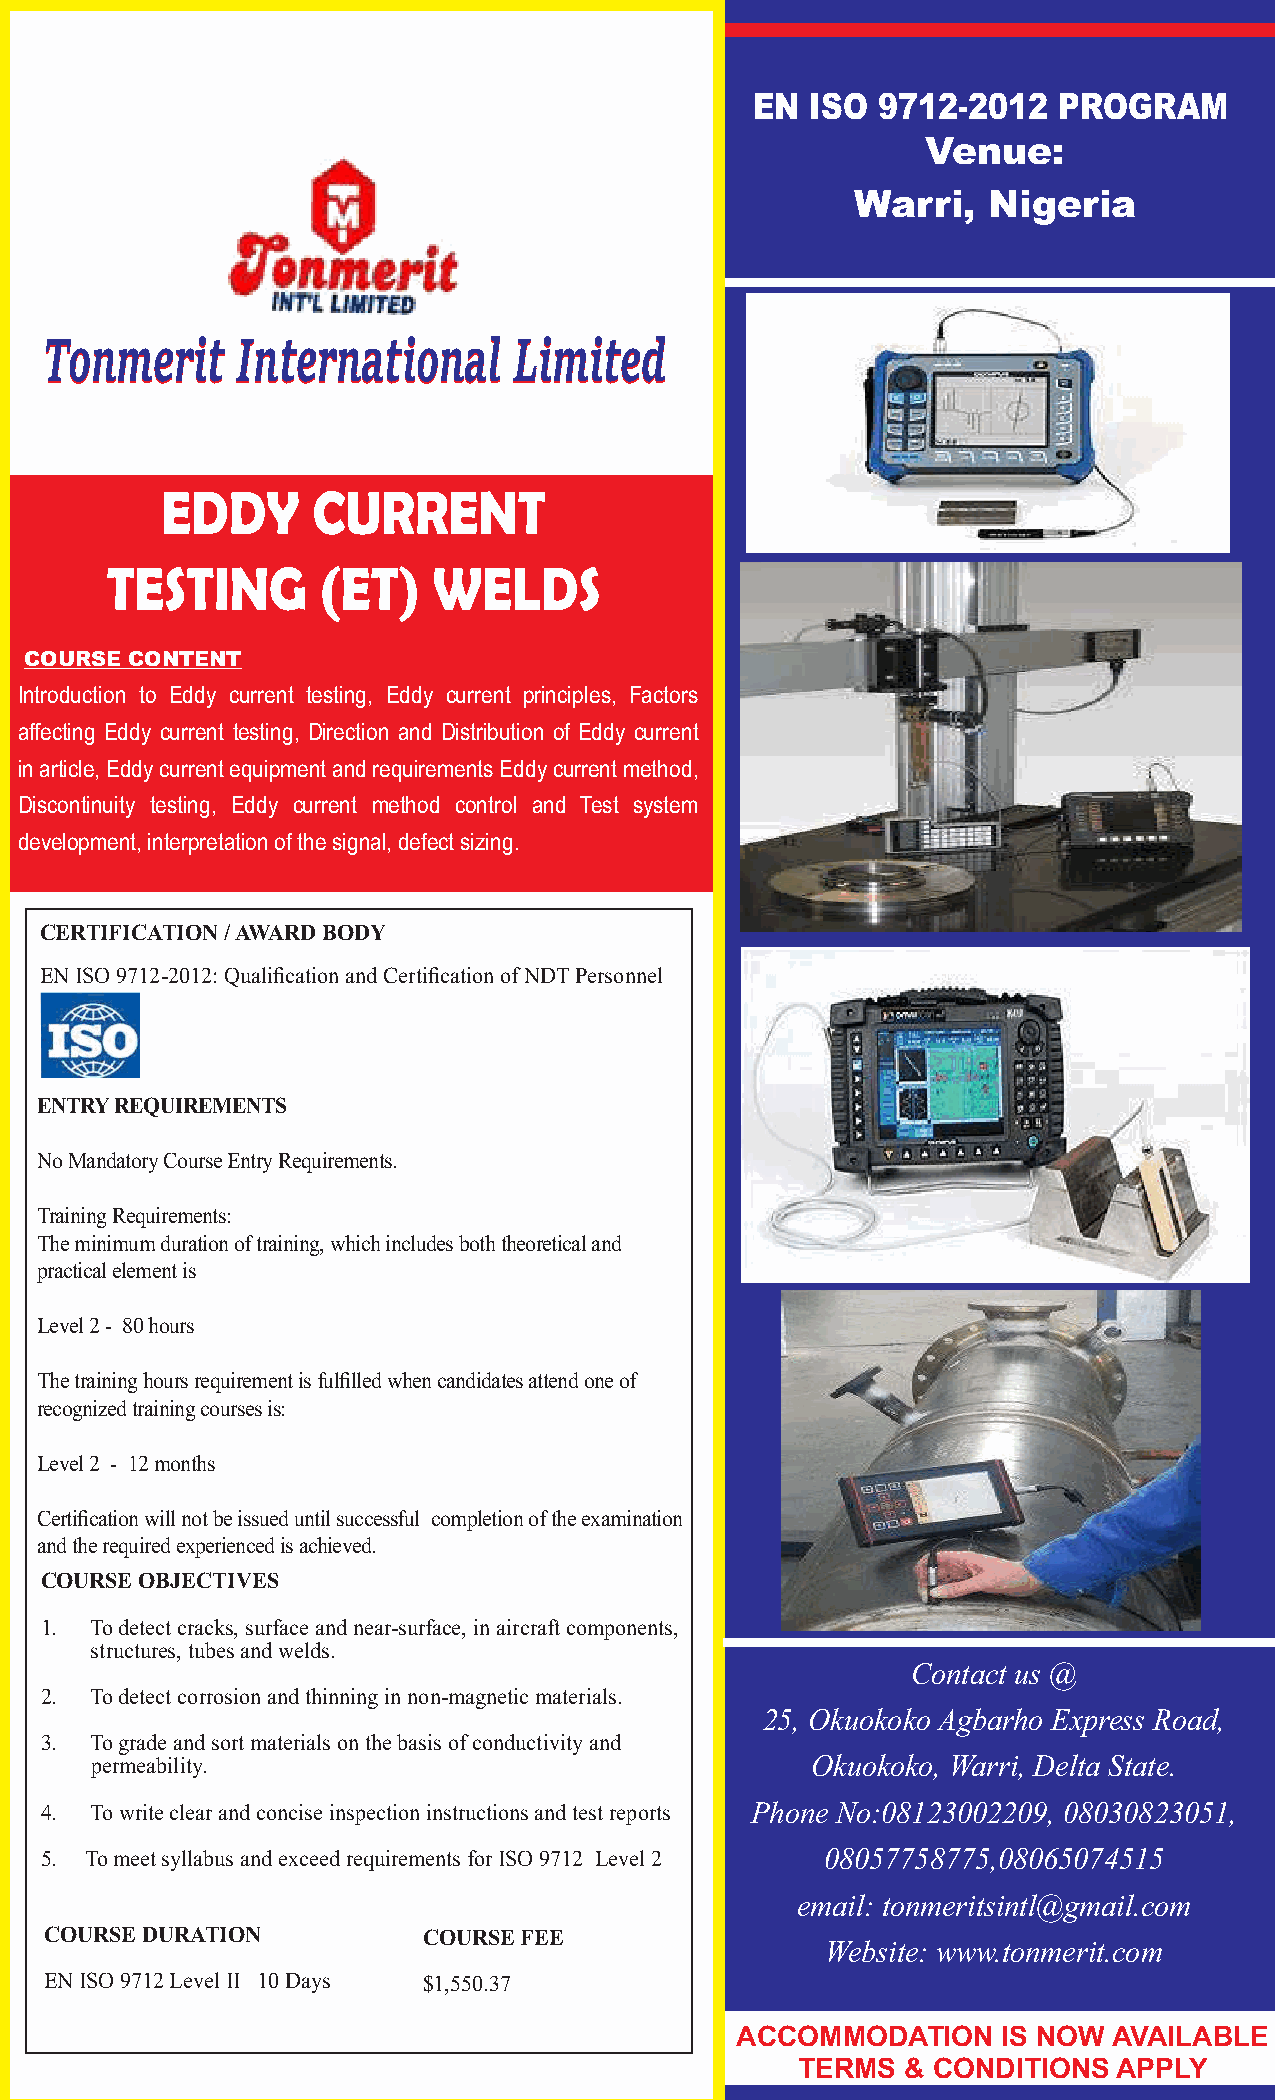
EN  ISO 9712-2012   PROGRAM
 Venue:
 Warri,  Nigeria
 TToonnmmeerriitt IInntteerrnnaattiioonnaall LLiimmiitteedd
 EDDY      CURRENT
 TESTING       (ET)    WELDS
 COURSE CONTENT
 Introduction to Eddy current testing, Eddy current principles, Factors
 affecting Eddy current testing, Direction and Distribution of Eddy current
 in article, Eddy current equipment and requirements Eddy current method,
 Discontinuity testing, Eddy current method control and Test system
 development, interpretation of the signal, defect sizing.
 CERTIFICATION / AWARD BODY
 EN ISO 9712-2012: Qualification and Certification of NDT Personnel
 ENTRY REQUIREMENTS
 No Mandatory Course Entry Requirements.
 Training Requirements:
 The minimum duration of training, which includes both theoretical and
 practical element is
 Level 2 - 80 hours
 The training hours requirement is fulfilled when candidates attend one of
 recognized training courses is:
 Level 2 - 12 months
 Certification will not be issued until successful completion of the examination
 and the required experienced is achieved.
 COURSE OBJECTIVES
 1. To detect cracks, surface and near-surface, in aircraft components,
 structures, tubes and welds.
 Contact us @
 2. To detect corrosion and thinning in non-magnetic materials.
 25, Okuokoko Agbarho Express Road,
 3. To grade and sort materials on the basis of conductivity and
 permeability.                                   Okuokoko, Warri, Delta State.
 4. To write clear and concise inspection instructions and test reports Phone No:08123002209, 08030823051,
 5. To meet syllabus and exceed requirements for ISO 9712 Level 2 08057758775,08065074515
 email: tonmeritsintl@gmail.com
 COURSE DURATION          COURSE FEE
 Website: www.tonmerit.com
 EN ISO 9712 Level II 10 Days $1,550.37
 ACCOMMODATION    IS NOW  AVAILABLE
 TERMS  & CONDITIONS  APPLY